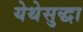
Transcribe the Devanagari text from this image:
येथेसुद्धा